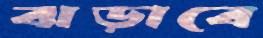
ঝড়াবে